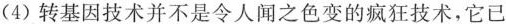
(4)转基因技术并不是令人闻之色变的疯狂技术，它已